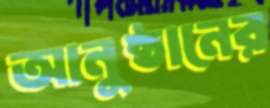
আনুষ্ঠানের